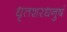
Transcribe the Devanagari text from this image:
धृतशरधनुषं